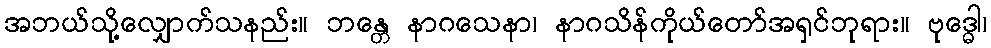
အဘယ်သို့လျှောက်သနည်း။ ဘန္တေ နာဂသေနာ၊ နာဂသိန်ကိုယ်တော်အရှင်ဘုရား။ ဗုဒ္ဓေါ၊